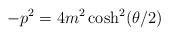
LaTeX: \begin{align*}-p^2 = 4 m^2 \cosh ^2 (\theta/ 2)\end{align*}